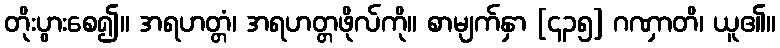
တိုးပွားစေ၍။ အရဟတ္တံ၊ အရဟတ္တဖိုလ်ကို။ စာမျက်နှာ [၄၃၅] ဂဏှာတိ၊ ယူ၏။